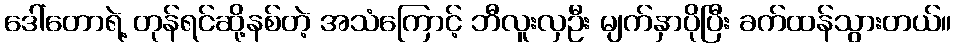
ဒေါ်တောရဲ့ တုန်ရင်ဆို့နစ်တဲ့ အသံကြောင့် ဘီလူးလှဦး မျက်နှာပိုပြီး ခက်ထန်သွားတယ်။